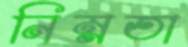
নিম্নতা